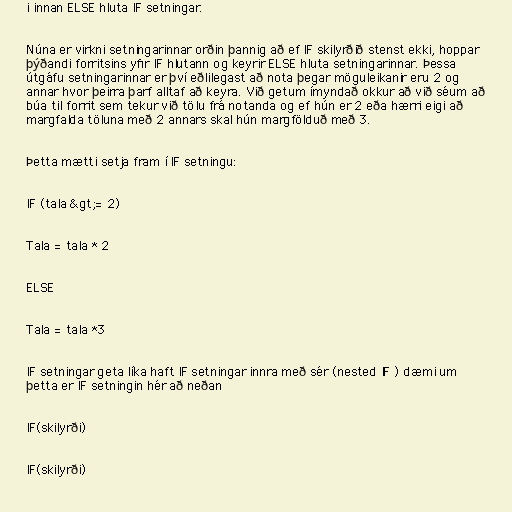
i innan ELSE hluta IF setningar.

Núna er virkni setningarinnar orðin þannig að ef IF skilyrðið stenst ekki, hoppar
þýðandi forritsins yfir IF hlutann og keyrir ELSE hluta setningarinnar. Þessa
útgáfu setningarinnar er því eðlilegast að nota þegar möguleikanir eru 2 og
annar hvor þeirra þarf alltaf að keyra. Við getum ímyndað okkur að við séum að
búa til forrit sem tekur við tölu frá notanda og ef hún er 2 eða hærri eigi að
margfalda töluna með 2 annars skal hún margfölduð með 3.

Þetta mætti setja fram í IF setningu:

IF (tala &gt;= 2)

Tala = tala * 2

ELSE

Tala = tala *3

IF setningar geta líka haft IF setningar innra með sér (nested IF ) dæmi um
þetta er IF setningin hér að neðan

IF(skilyrði)

IF(skilyrði)